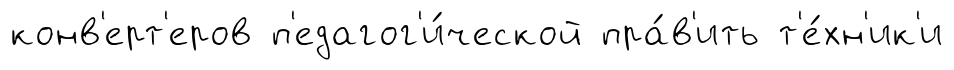
конв'ерт'еров п'едагог'и́ческой пра́в'ить т'е́хн'ик'и